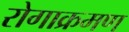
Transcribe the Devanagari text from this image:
रोगाक्रमण